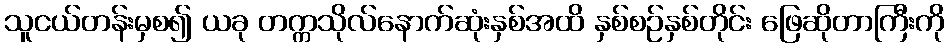
သူငယ်တန်းမှစ၍ ယခု တက္ကသိုလ်နောက်ဆုံးနှစ်အထိ နှစ်စဉ်နှစ်တိုင်း ဖြေဆိုတာကြီးကို